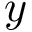
y